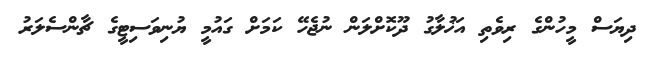
ދިޔަސް މީހުންގެ ރިވެތި އަޚުލާގު ދޫކޮށްލަން ނުޖެހޭ ކަމަށް ގައުމީ ޔުނިވަސިޓީގެ ޗާންސެލަރު